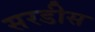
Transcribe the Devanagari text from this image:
सरडीस